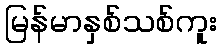
မြန်မာနှစ်သစ်ကူး